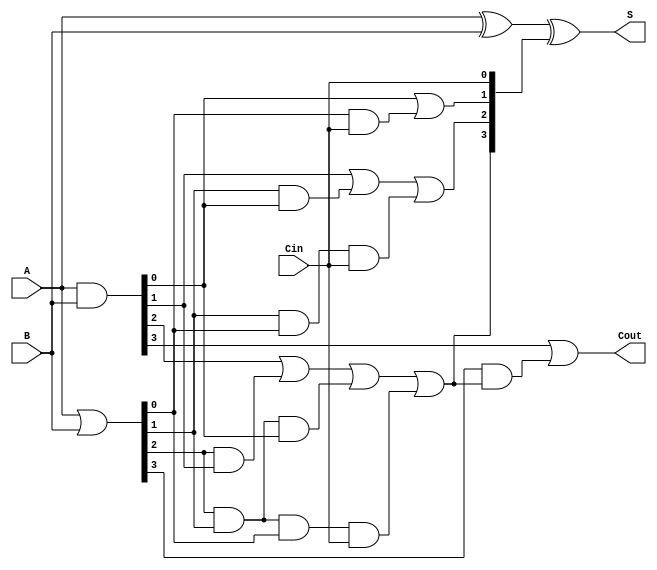
module CLA_4bit (
    input [3:0] A,
    input [3:0] B,
    input Cin,
    output [3:0] S,
    output Cout
);
    wire [3:0] G; // Generate signals
    wire [3:0] P; // Propagate signals
    wire C1, C2, C3; // Carry signals

    // Generate and Propagate logic
    assign G = A & B; // G_i = A_i * B_i
    assign P = A | B; // P_i = A_i + B_i

    // Carry Lookahead logic
    assign C1 = G[0] | (P[0] & Cin);
    assign C2 = G[1] | (P[1] & G[0]) | (P[1] & P[0] & Cin);
    assign C3 = G[2] | (P[2] & G[1]) | (P[2] & P[1] & G[0]) | (P[2] & P[1] & P[0] & Cin);
    assign Cout = G[3] | (P[3] & C3);

    // Sum calculation
    assign S = A ^ B ^ {C3, C2, C1, Cin};

endmodule